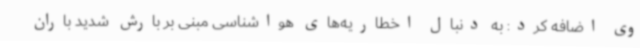
وی اضافه کرد: به دنبال اخطاریه‌های هواشناسی مبنی بر بارش شدید باران